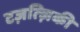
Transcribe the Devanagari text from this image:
टज़त्ज़िकी